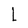
Character: I